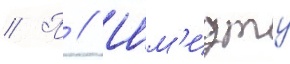
// П // Шм'идту